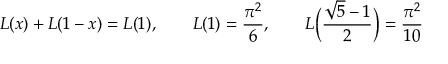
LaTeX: { \cal L } ( x ) + { \cal L } ( 1 - x ) = { \cal L } ( 1 ) , \qquad { \cal L } ( 1 ) = { \frac { \pi ^ { 2 } } { 6 } } , \qquad { \cal L } \Big ( { \frac { \sqrt { 5 } - 1 } { 2 } } \Big ) = { \frac { \pi ^ { 2 } } { 1 0 } }